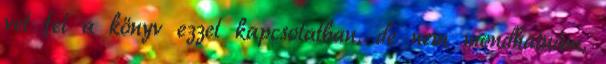
vet fel a könyv ezzel kapcsolatban, de nem mondhatnám,